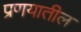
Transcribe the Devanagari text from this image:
प्रणयातील